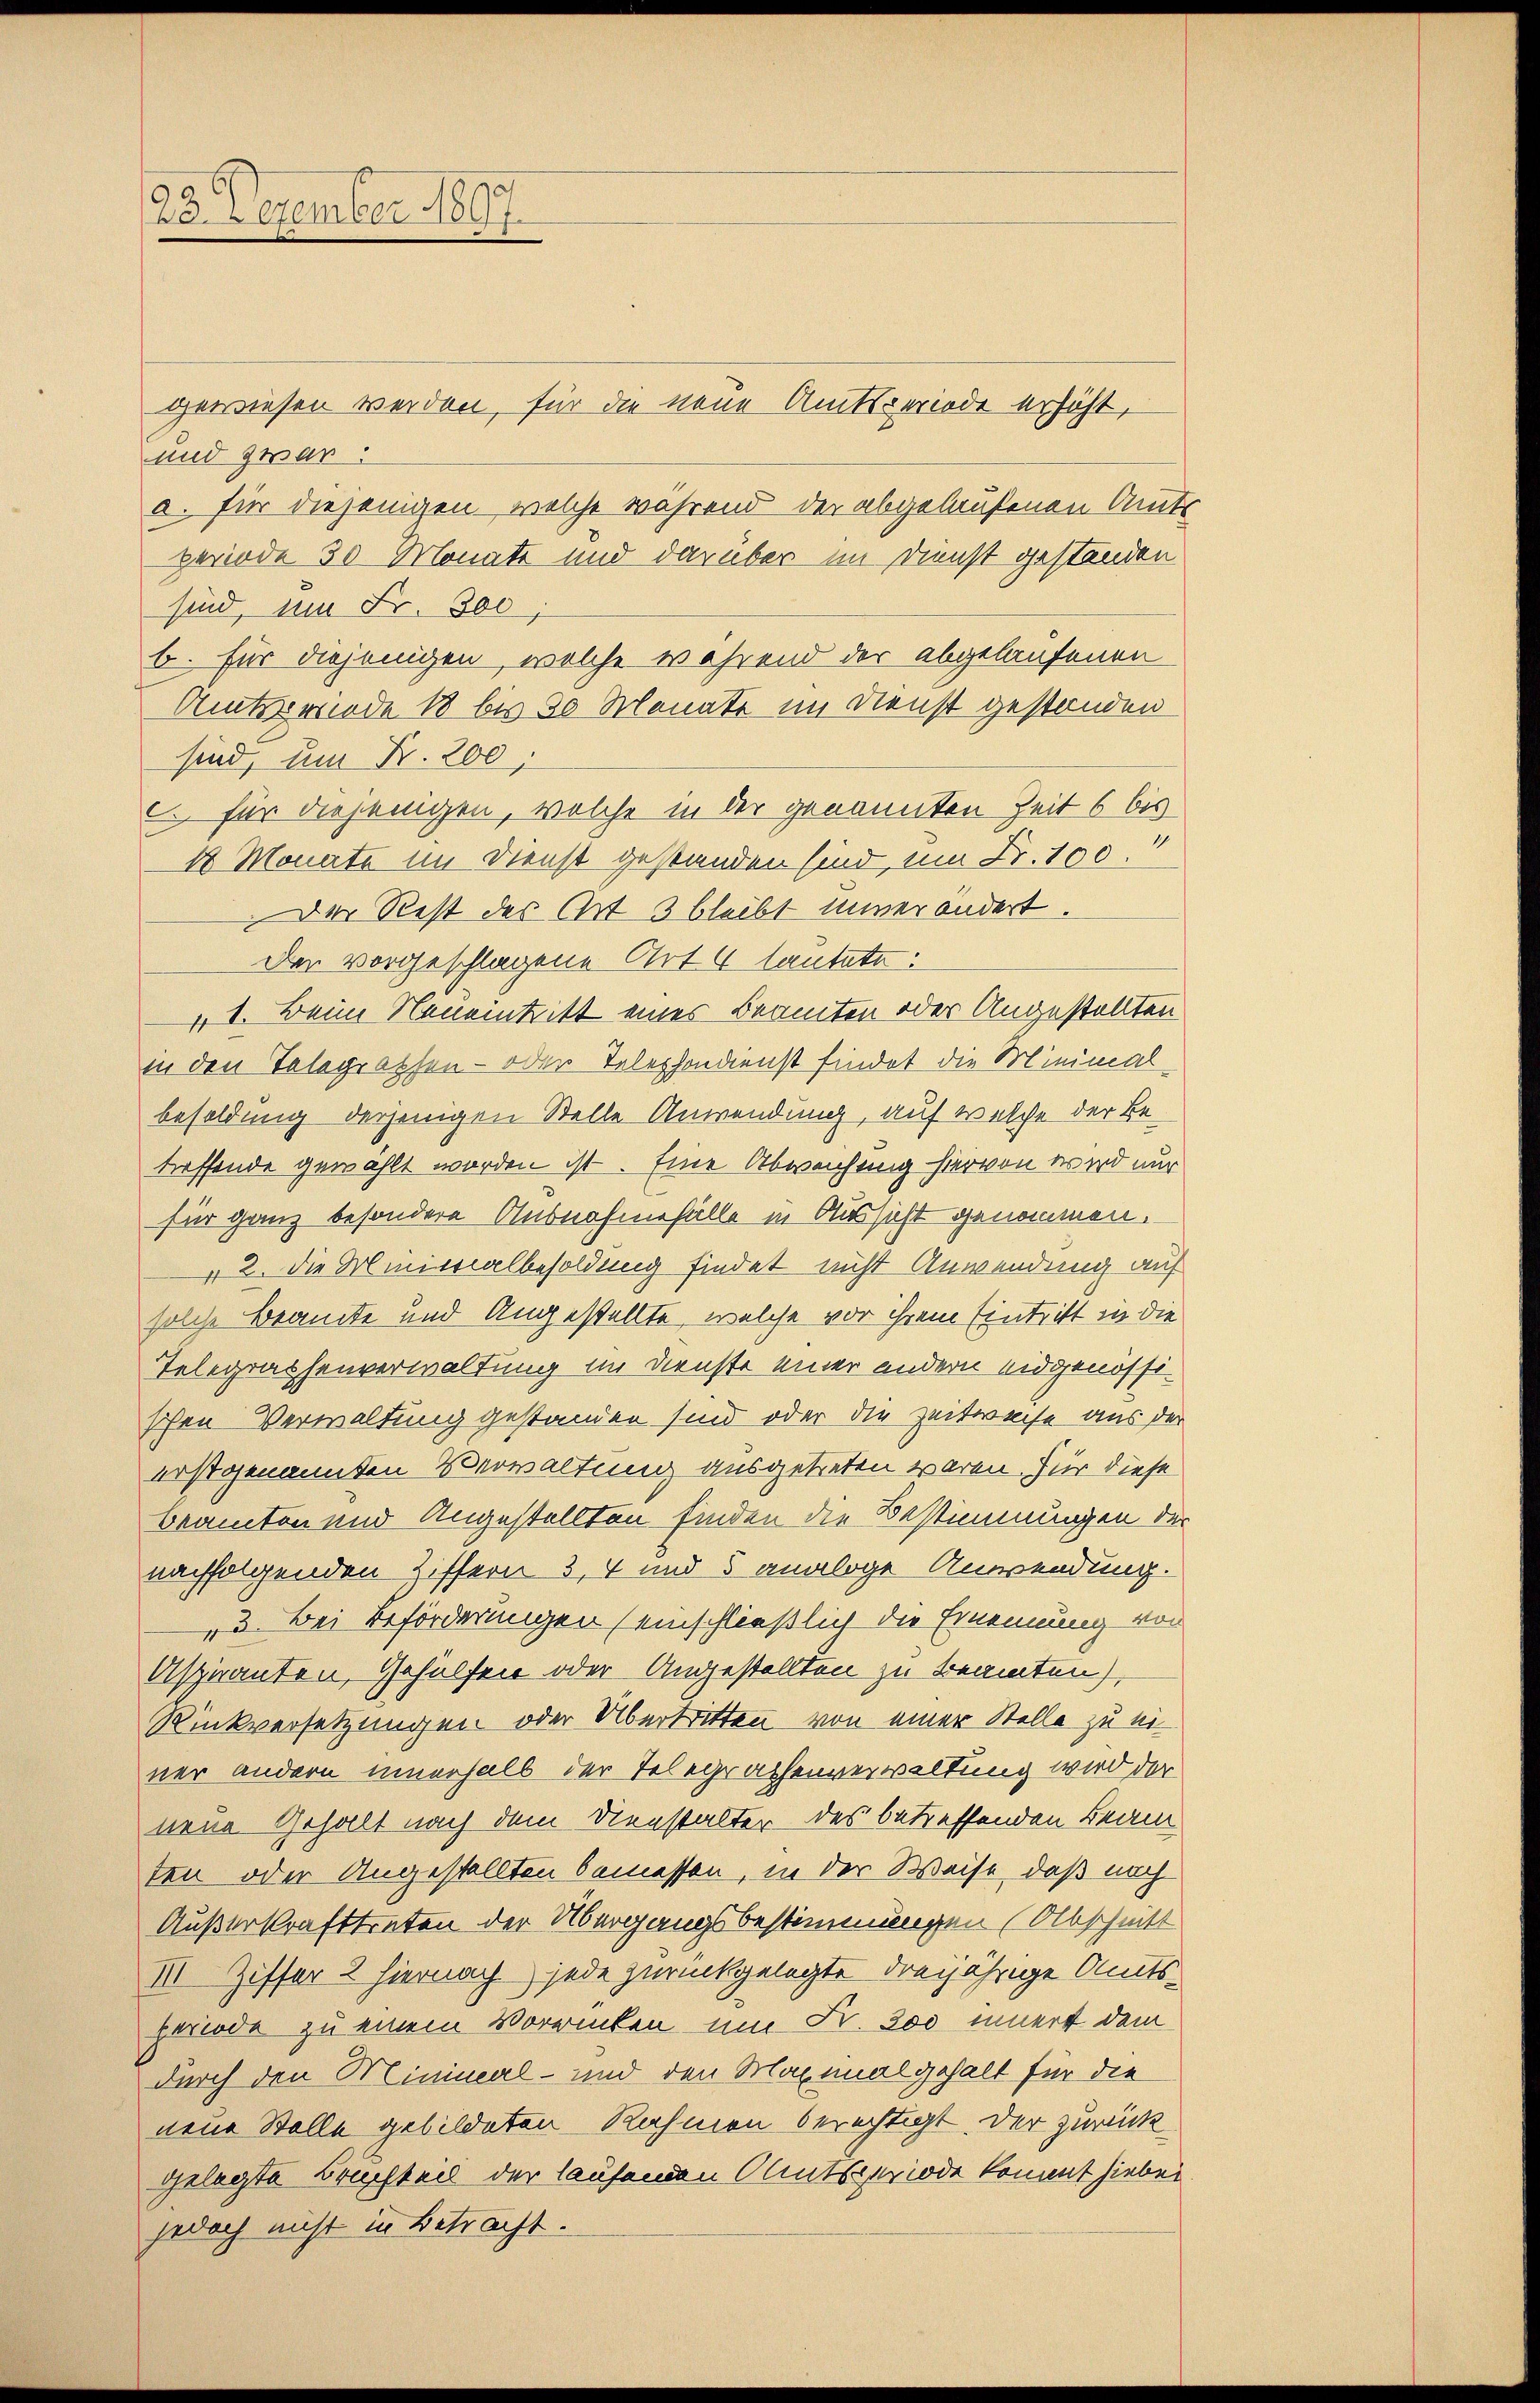
23. Dezember 1897.

gewiesen werden, für die neue Amtsperiode erhöht,
und zwar
a. für diejenigen, welche während der abgebrefenen Amts
periode 30 Monate und darüber im Dienst gestanden
sind, um Fr. 300;
b. für diejenigen, welche während der abgelaufenen
Amtsriede 18 bis 30 Monate im Dienst gestanden
sind, um Fr. 200.
c für diejenigen, welche in der genannten Zeit 6 bis
18 Monate im Dienst gestanden sind, um Fr. 100.
Der Rest des Art 3 bleibt inverändert.
der vorgeschlagene Art 4 lautete:
1. Beim Neueintritt einer Beamten oder Angestellten
in den Telegraphen- oder Telephondienst findet die Minimal
besoldung derjenigen Stelle Anwendung, auf welche der Betreffende gewählt worden ist. Eine Abweichung hiervon wird nur
für ganz besondere Ausnahmefälle in Aussicht genommen.
42. Die Miniarialbesoldung findet nicht Anwendung auf
solche Beamte und Angestellte, welche vor ihrem Eintritt in die
Telegrashenverwaltung im Dienste einer andern eidgenössischen Verwaltung gestanden sind oder die Zeitweise aus der
erstgenannten Verwaltung ausgetreten waren. Für diese
beamten und Angestellten finden die Bestimmungen der
nachfolgenden Ziffern 3, 4 und 5 analoge Anwendung.
"3. Bei Beförderungen (einschließlich die Ernennung von
Aspiranten, Gehülfen oder Angestellten zu beamten,
Rückversetzungen oder Übertritten von einer Stelle zu einer andern innerhalb der Telegrathenverwaltung wird der
nene Gehalt nach dem Dienstalter des betreffenden Beam
ten oder Angestellten bemessen, in der Weise, daß noch
Außerkrafttreten der Übergangsbestimmungen (Abschnitt
III. Ziffer 2 hiernach jede zurückgelegte dreyjährige Amtsperiode zu einem Vorrinken um Fr. 300 innert dem
durch den Minimal- und den Maximal gehalt für die
neue Stelle gebildeten Rahmen berechtigt. Der zurück
gelegte Bruchteil der laufenden Amtsperiode kommt hiebei
jedoch nicht in Betracht.